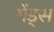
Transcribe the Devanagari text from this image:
मेंड्स